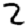
Digit: 2